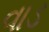
વાડ